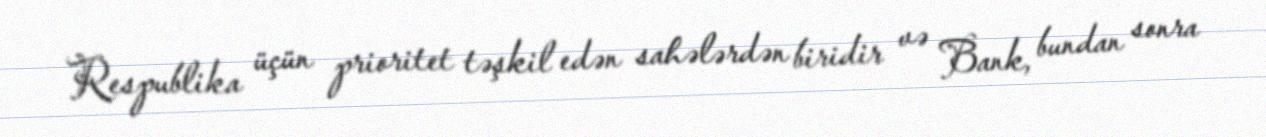
Respublika üçün prioritet təşkil edən sahələrdən biridir və Bank, bundan sonra